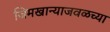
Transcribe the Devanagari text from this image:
जिमखान्याजवळच्या